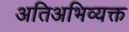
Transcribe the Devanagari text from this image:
अतिअभिव्यक्त